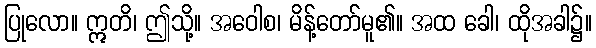
ပြုလော။ ဣတိ၊ ဤသို့။ အဝေါစ၊ မိန့်တော်မူ၏။ အထ ခေါ၊ ထိုအခါ၌။